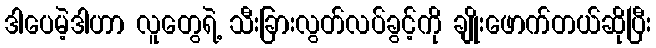
ဒါပေမဲ့ဒါဟာ လူတွေရဲ့ သီးခြားလွတ်လပ်ခွင့်ကို ချိုးဖောက်တယ်ဆိုပြီး